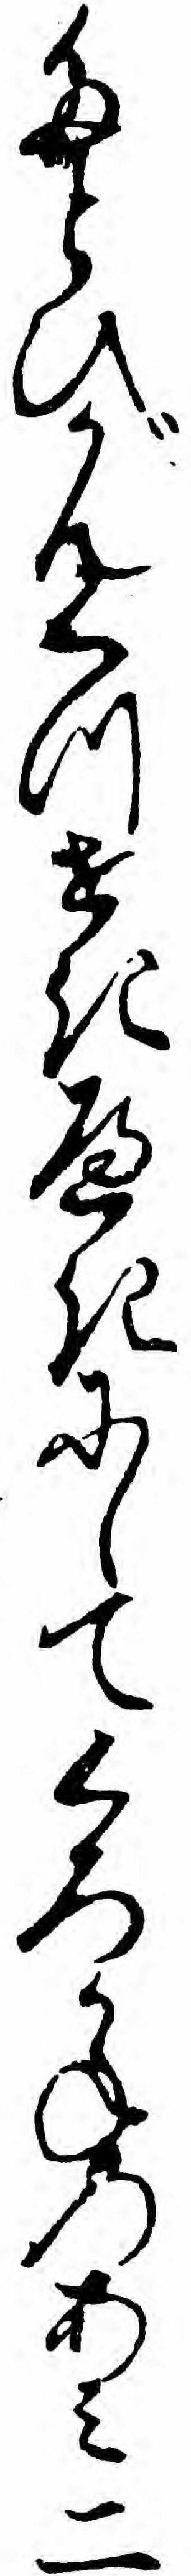
たとひがんくつせきへきにしてくろかねのあミ二